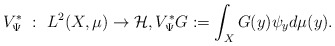
\begin{align*} V_\Psi^\ast~:~ L^2(X,\mu) \rightarrow \mathcal H,V_\Psi^\ast G := \int_X G(y)\psi_y d\mu(y). \end{align*}